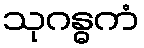
သုဂန္ဓကံ